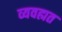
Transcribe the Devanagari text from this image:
व्यवह्मत